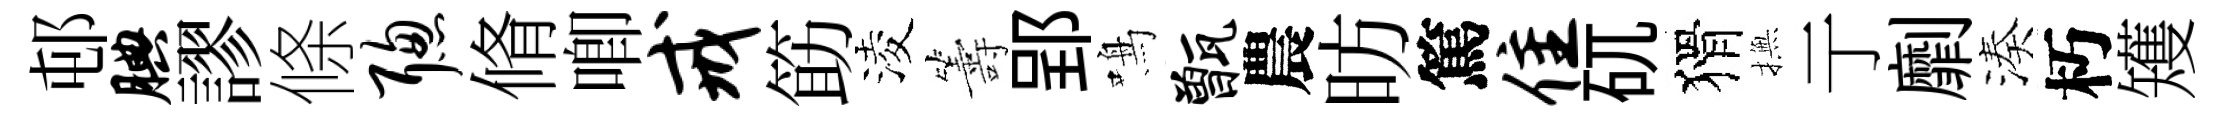
邨腆謬條聪脩唧戒筯淩籌郢鳴甑農昉篤隹矹猾撫亍劘湊朽矱